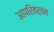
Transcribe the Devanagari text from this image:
आपरिवर्तन